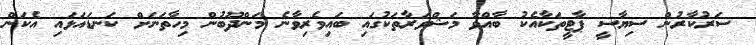
ސަރުކާރުން ސިޔާސީ ޕާޓީތަކާއެކު ބާއްވާ މަޝްވަރާތަކުގައި ބައިވެރިވާނެ މަންދޫބުން މިހާތަނަށް ކަނޑައަޅައި އެކަން